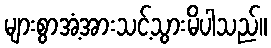
များစွာအံ့အားသင့်သွားမိပါသည်။